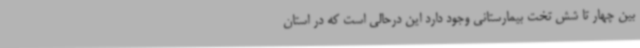
بین چهار تا شش تخت بیمارستانی وجود دارد این درحالی است که در استان